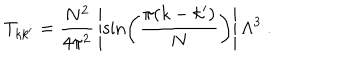
T _ { k k ^ { \prime } } = { \frac { N ^ { 2 } } { 4 \pi ^ { 2 } } } \left| \sin \left( { \frac { \pi ( k - k ^ { \prime } ) } { N } } \right) \right| \Lambda ^ { 3 } ~ .